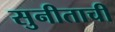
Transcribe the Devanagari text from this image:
सुनीताची